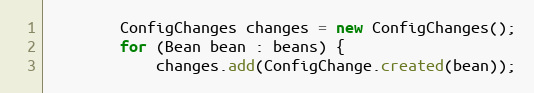
Language: Java
        ConfigChanges changes = new ConfigChanges();
        for (Bean bean : beans) {
            changes.add(ConfigChange.created(bean));